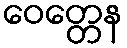
ဝေတ္တေန